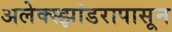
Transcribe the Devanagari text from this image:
अलेक्स्झांडरापासून